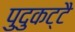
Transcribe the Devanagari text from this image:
पुदुकट्टै